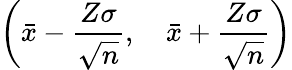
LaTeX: \left({\bar{x}}-{\frac{Z\sigma}{\sqrt{n}}},\quad{\bar{x}}+{\frac{Z\sigma}{\sqrt{n}}}\right)